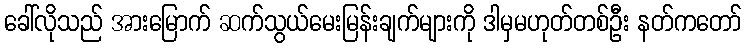
ခေါ်လိုသည် အားမြောက် ဆက်သွယ်မေးမြန်းချက်များကို ဒါမှမဟုတ်တစ်ဦး နတ်ကတော်